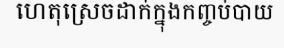
ហេតុស្រេចដាក់ក្នុងកញ្ចប់បាយ